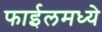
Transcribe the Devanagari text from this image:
फाईलमध्ये